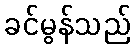
ခင်မွန်သည်